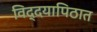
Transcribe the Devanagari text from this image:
विद्दयापिठात